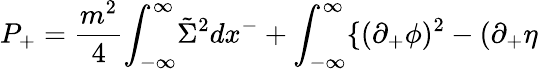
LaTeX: P_{+}={\frac{m^{2}}{4}}{\int}_{-{\infty}}^{\infty}\tilde{\Sigma}^{2}dx^{-}+\int_{-{\infty}}^{\infty}\{ ({\partial}_{+}{\phi})^{2}-({\partial}_{+}{\eta}